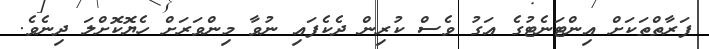
ފަރާތްތަކަށް އިންޓަނެޓުގެ އަގު ވެސް ކުރިން ދެކެފައި ނުވާ މިންވަރަށް ހެޔޮކޮށްލަ ދިނެވެ.